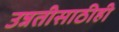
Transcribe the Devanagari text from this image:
उन्नतीसाठीही